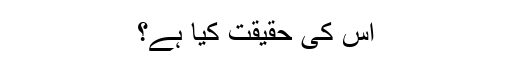
اس کی حقیقت کیا ہے؟